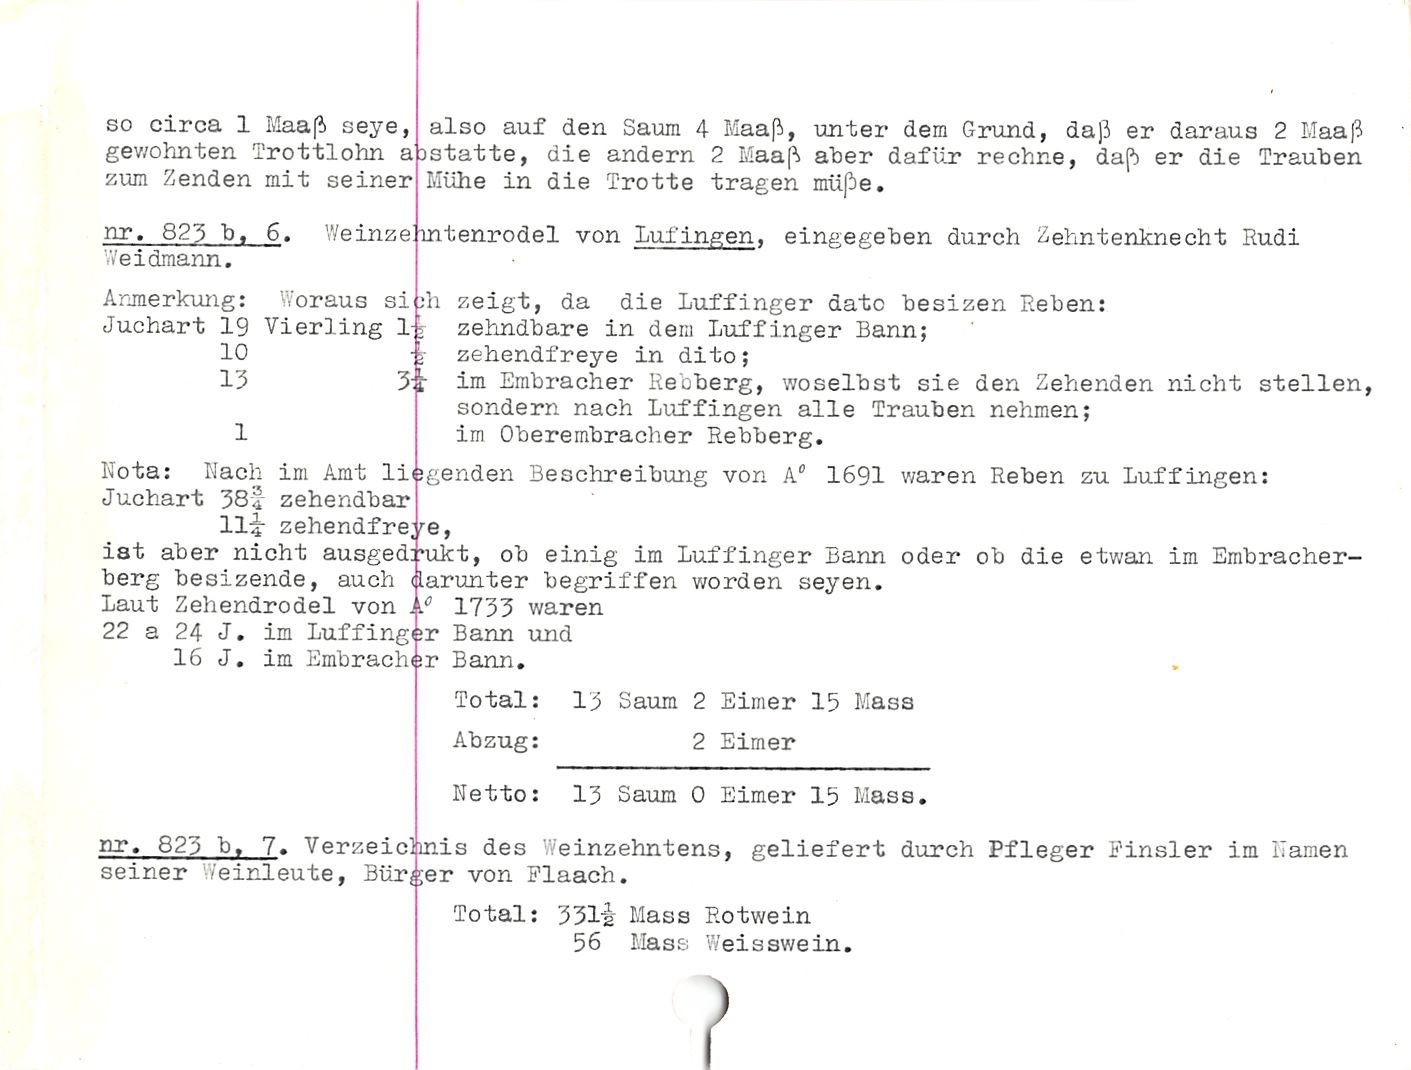
so circa 1 Maaß seye,
gewohnten Trottlohn a
zum Zenden mit seiner

nr. 823 h, 6.

Weidmann.

V/einze

Anmerkung: Woraus si

Juchart 19 Vierling 1
10

13 3*

also auf den Saum 4 Maaß, unter dem Grund, daß er daraus 2 Llaaß
^statte, die andern 2 Maaß aber dafür rechne, daß er die Trauben
Mühe in die Trotte tragen müße.

mtenrodel von Tüfingen, eingegeben durch Zehntenknecht Rudi

:h zeigt, da die Luffinger dato besizen Reben:
zehndbare in dem Luffinger Bann;
zehendfreye in dito;

im Embracher Rebberg, woselbst sie den Zehenden nicht stellen,
sondern nach Luffingen alle Trauben nehmen;
im Oberembracher Rebberg.

Iota: Nach im Amt liegenden Beschreibung von k° 1691 waren Reben zu Luffingen:

Juchart 56^ zehendbar

II4- zehendfreye,

ist aber nicht ausgedrukt, ob einig im Luffinger Bann oder ob die etwan im Embracher-
berg besizende, auch darunter begriffen worden seyen.

Laut Zeh endrodel von .i° 1733 waren
22 a 24 J. im Luffinger Bann und
16 J. im Embracher Bann.

Total: 1) Saum 2 Eimer 15 Mass

Abzug: 2 Eimer

Netto: 15 Saum 0 Eimer 15 Mass.

nr. 825 b, 7. Verzeichnis des Weinzehntens, geliefert durch Pfleger Pinsler im Hamen
seiner Weinleute, Bürger von Plaach.

Total: 331-2 Mass Rotwein

56 Mass Weisswein.